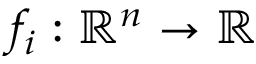
f _ { i } : \mathbb { R } ^ { n } \rightarrow \mathbb { R }